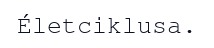
Életciklusa.